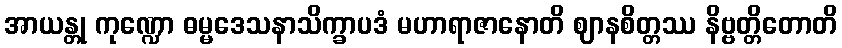
အာယန္တု ကုဏ္ဍော ဓမ္မဒေသနာသိက္ခာပဒံ မဟာရာဇာနောတိ ဈာနစိတ္တဿ နိဗ္ဗတ္တိတောတိ